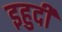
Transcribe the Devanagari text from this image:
इहुदी